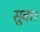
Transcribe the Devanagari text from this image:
सूबा।